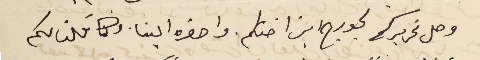
وصل تحريركم لجورج ابن اختكم. واحضره الينا. وكما قلنا لكم